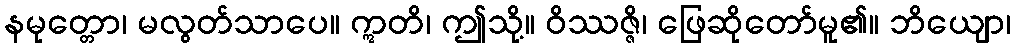
နမုတ္တော၊ မလွတ်သာပေ။ ဣတိ၊ ဤသို့။ ဝိဿဇ္ဇိ၊ ဖြေဆိုတော်မူ၏။ ဘိယျော၊